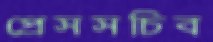
প্রেসসচিব